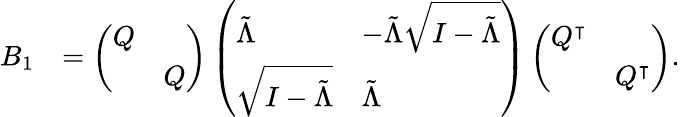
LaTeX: \begin{array}{rl}{B_{1}}&{=\left(\begin{array}{ll}{Q}&\\ &{Q}\end{array}\right)\left(\begin{array}{ll}{\tilde{\Lambda}}&{-\tilde{\Lambda}\sqrt{I-\tilde{\Lambda}}}\\ {\sqrt{I-\tilde{\Lambda}}}&{\tilde{\Lambda}}\end{array}\right)\left(\begin{array}{ll}{Q^{\intercal}}&\\ &{Q^{\intercal}}\end{array}\right).}\end{array}